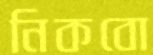
নিকবো